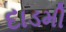
દાડમી